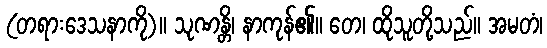
(တရားဒေသနာကို)။ သုဏန္တိ၊ နာကုန်၏။ တေ၊ ထိုသူတို့သည်။ အမတံ၊